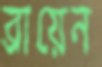
ব্রায়েন